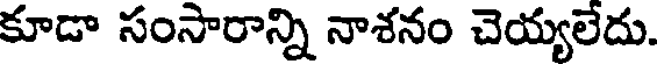
కూడా సంసారాన్ని నాశనం చెయ్యలేదు.